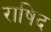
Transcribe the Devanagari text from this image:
राषिद